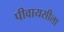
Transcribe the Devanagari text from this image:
पीवायसीला